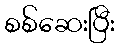
စစ်ဆေးပြီး